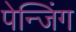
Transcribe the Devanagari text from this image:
पेन्जिंग